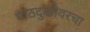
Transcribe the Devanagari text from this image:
पाठदुखीवरचा